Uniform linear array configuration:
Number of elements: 64
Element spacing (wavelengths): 0.25
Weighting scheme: exponential
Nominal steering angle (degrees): -60
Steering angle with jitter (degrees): -60.604
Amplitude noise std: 0.05
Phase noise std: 0.05

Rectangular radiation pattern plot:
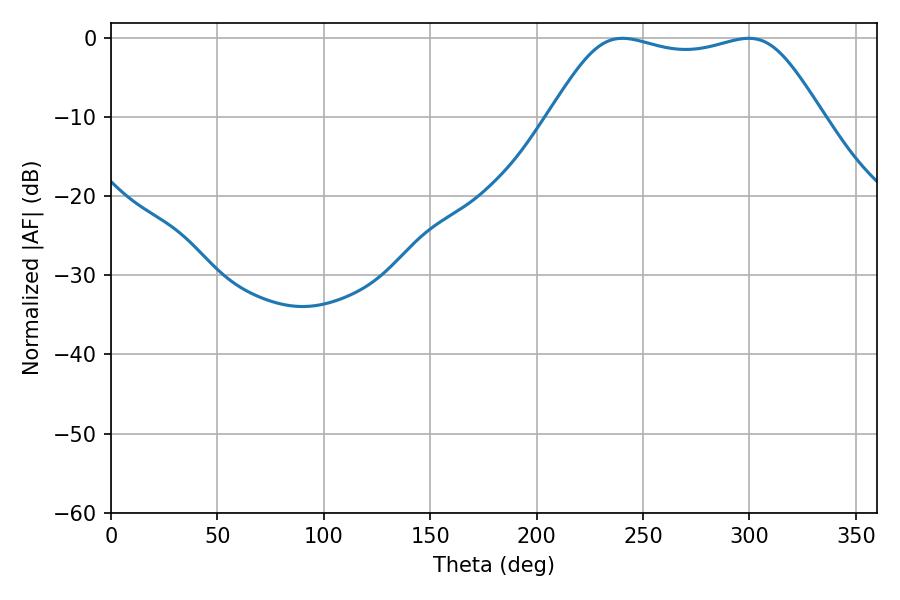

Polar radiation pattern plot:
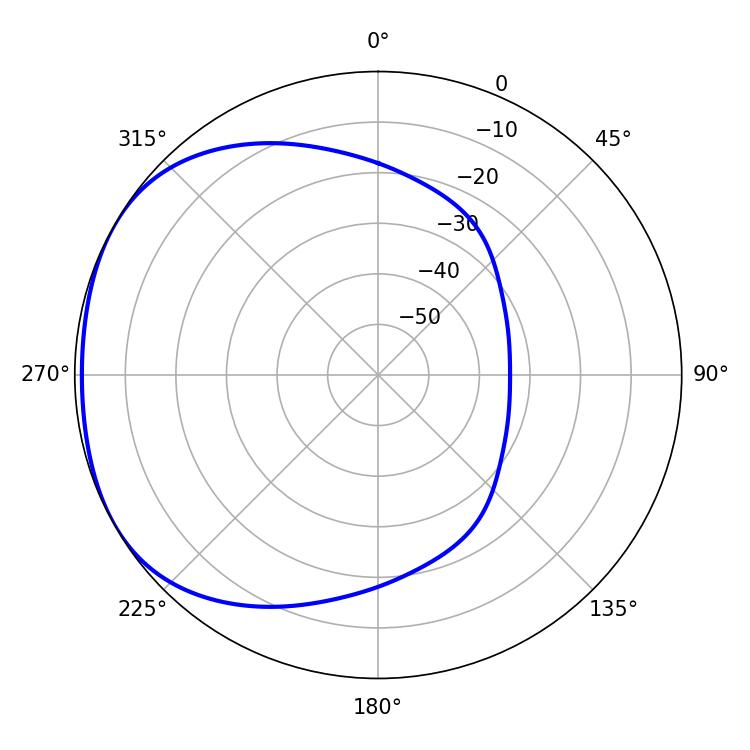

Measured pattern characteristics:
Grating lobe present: FALSE
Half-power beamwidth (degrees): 96.48
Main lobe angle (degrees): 240.3